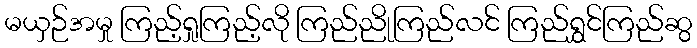
မယှဉ်အမှု ကြည့်ရှုကြည့်လို ကြည်ညိုကြည်လင် ကြည်ရွှင်ကြည်ဆွ